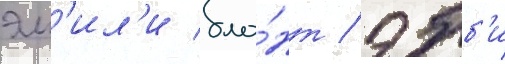
эм'ил'и бла́нт / эбб'и